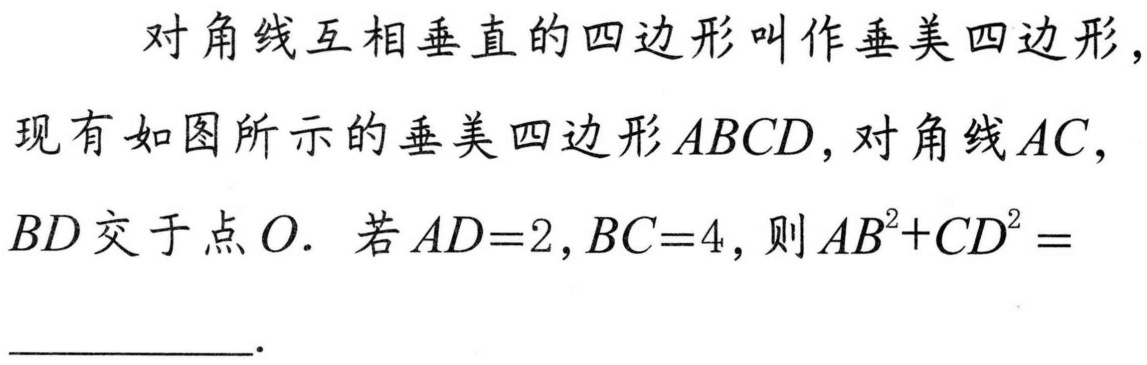
对角线互相垂直的四边形叫作垂美四边形，现有如图所示的垂美四边形\(ABCD\)，对角线\(AC\)，\(BD\)交于点\(O.\) 若\(AD = 2,BC = 4\)，则\(AB^{2}+CD^{2}=\)__________.